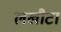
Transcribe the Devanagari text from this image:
लखौटा